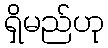
ရှိမည်ဟု